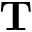
\mathbf { T }